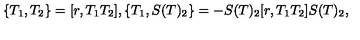
\{ T _ { 1 } , T _ { 2 } \} = [ r , T _ { 1 } T _ { 2 } ] , \{ T _ { 1 } , S ( T ) _ { 2 } \} = - S ( T ) _ { 2 } [ r , T _ { 1 } T _ { 2 } ] S ( T ) _ { 2 } ,